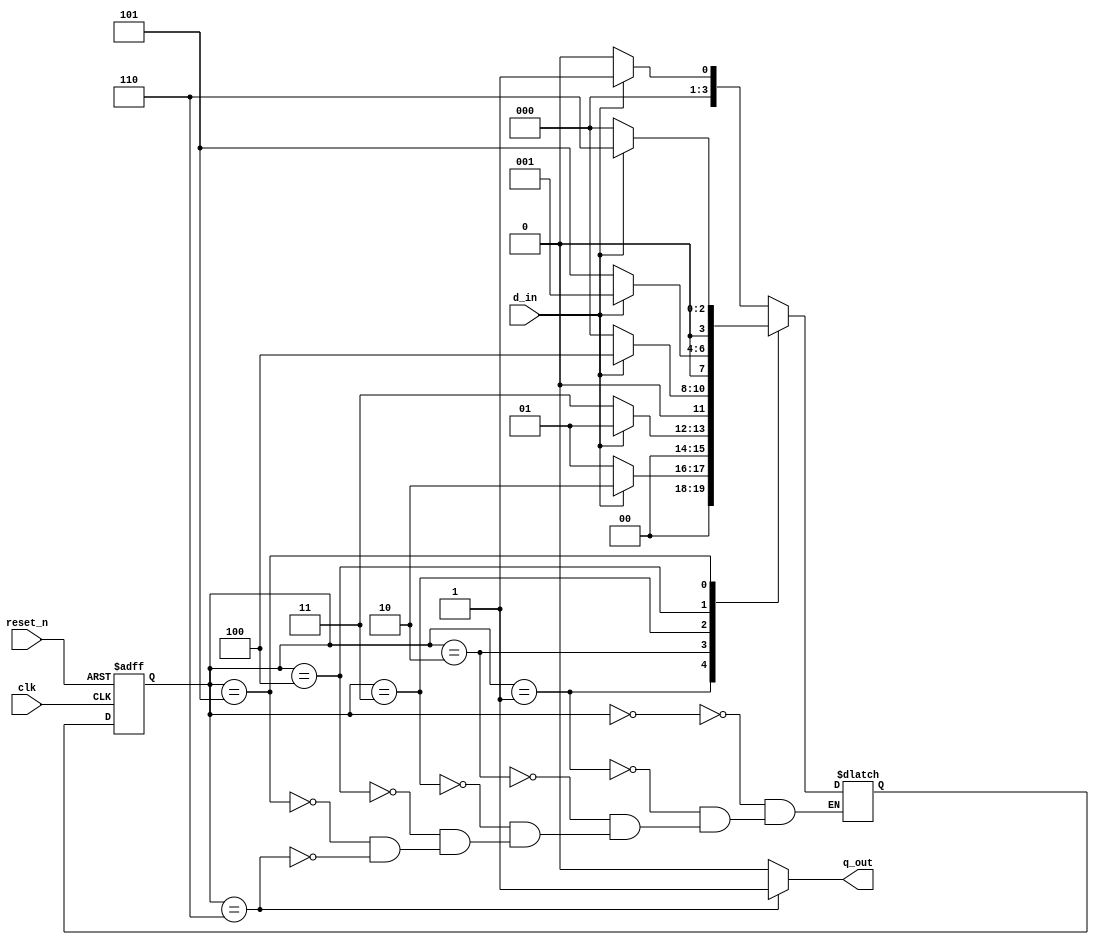
`timescale 1ns / 1ps
//////////////////////////////////////////////////////////////////////////////////
// Company: 
// Engineer: 
// 
// Design Name: 
// Module Name: Q_2
// Project Name: 
// Target Devices: 
// Tool Versions: 
// Description: 
// 
// Dependencies: 
// 
// Revision:
// Revision 0.01 - File Created
// Additional Comments:
// 
//////////////////////////////////////////////////////////////////////////////////


module Q_2(
            input d_in,
            input clk,
            input reset_n,
            output reg q_out
            );

reg [3:0] present_state;
reg [3:0] next_state;


parameter s0=3'b000;
parameter s1=3'b001;
parameter s2=3'b010;
parameter s3=3'b011;
parameter s4=3'b100;
parameter s5=3'b101;
parameter s6=3'b110;


//register logic
always@(posedge clk,negedge reset_n)
begin
    if(!reset_n)
        present_state<=3'b000;
    else
        present_state<=next_state;
end

//next state logic
always@*
begin
    case(present_state)
        s0:
            if(d_in)
                next_state<=s1;
             else
                next_state<=s0;
    
        s1:
            if(d_in)
                next_state<=s2;
             else
                next_state<=s1;
        s2:
            if(d_in)
                next_state<=s1;
             else
                next_state<=s3;
        s3:
            if(d_in)
                next_state<=s4;
             else
                next_state<=s0;
        s4:
            if(d_in)
                next_state<=s1;
             else
                next_state<=s5;
        s5:
            if(d_in)
                next_state<=s6;
             else
                next_state<=s0;  
        s6:
            if(d_in)
                next_state<=s1;
             else
                next_state<=s0;                                                                               
    endcase
end

//output logic
always@*
begin
    case(present_state)
        s0:q_out<=0;
        s1:q_out<=0;
        s2:q_out<=0;
        s3:q_out<=0;
        s4:q_out<=0;
        s5:q_out<=0;
        s6:q_out<=1;
        default:q_out<=0;
        
      endcase
end
endmodule